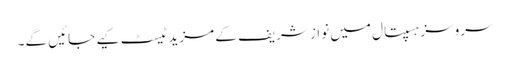
سروسز ہسپتال میں نواز شریف کے مزید ٹیسٹ کیے جائیں گے۔